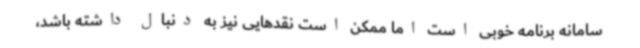
سامانه برنامه خوبی است اما ممکن است نقدهایی نیز به دنبال داشته باشد،